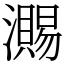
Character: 瀃